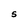
Character: S